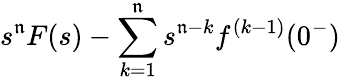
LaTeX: s^{\mathfrak{n}}F(s)-\sum_{k=1}^{\mathfrak{n}}s^{\mathfrak{n}-k}f^{(k-1)}(0^{-})